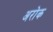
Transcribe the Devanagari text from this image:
अरोक